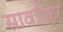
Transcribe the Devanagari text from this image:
सावईकर